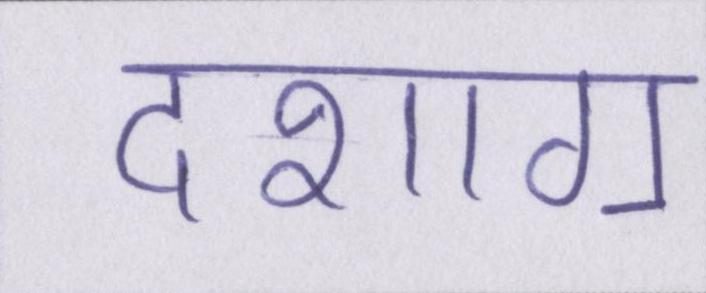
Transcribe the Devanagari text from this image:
दशाॻ